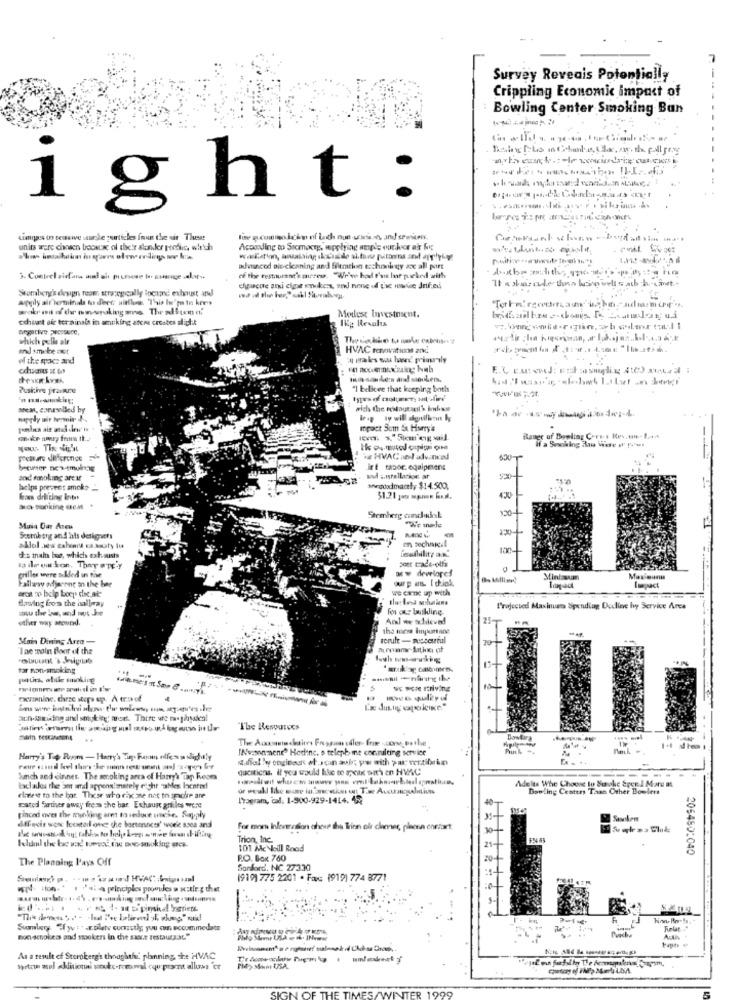
Survey Reveais Potentially
Crippling Economic impact of
Bowling Center Smoking Ban
ight:
Limgass Us cessawe stuurde gourticles foun the uit These
units were chosen bookcac of the'r slunder predic, which
According to Sicmaceg, wpotying ample our kor a' fog
advanced pic-cleaning and filemthin eschool gy ax all port
3. Contrel vidans inud ai prussowe to siassige .ale ..
of the restaurant's martens. "We've had Fant Ine packed with
It s storade then brovel cab hunt
Skomberg's design tests strategically focime exhaust and
apoly air leminds tu deec uitleg. This In'ma in kees
tchuat sir ter ainals in amtking atcru crosbes alight
Modest Investment.
Ikg Results
which pelle ale
Thinkde tonale can
and smoke ast
HVAC renovations and
of the grace and
In sanders anddd socken.
"] believe that keeping both
nipgly air termin &
mpact Som At Harry's
Range of Bowling Cors-1 Reste- 1 ...
if a Seeking Han Were or !vous
Te HVAC neladvanced
630 T
Irf tapor. equipment
and smoking are af
and anstallacion ar
helps prevent smoke_
shindoodmacely $14.500,
kas drifting inter
$1.21 gas manns lidl.
arc- banking cent .
120-
Stemberg candledal
Musa Dur Areu
"We made
R
Scembang and its designers
dha train bus, which exhausts
poet trade-olfs
at w develope!
grilles were added in tive
oup as. I diok
Minissus
Fallawy odjarene o the bar
arca 20 belp bocy die at-
we canc up with
Impact
flowing from the halleray
fo ou busking
Projected Maximum Spending Decline lyyy Service Arca
other way around.
Anl we suldeved
2ST
Mains Dining Area -
torule - pesceutul
70 4
Iae toin floor of the
for non-smoking
comes TO
we were striving
ath-Striking and smoking; frost. There ure to phydeal
The Resources
Dowtara
INv.sonmene" Hedine. o teleph me consulting service
Harry's Te Room - Harry's Tip Room elfes a slightly
waffel ly engineer of Jon avis; yu with > u vertilarin
questicos. If you would like to speak ant's en HVC
Such and dinner. The secoking area of Harry's Tap Room
Adelts Whe Choose to Bookc &per 1 Mare at.
laclados the set sal appensimsrely eight ables locatie!
or would like wore in Ensestin on The Auungulatiun
Bowling Centers Taan Other Boelens
eltest to the bor. Those who rik she not to sache are
ITogram, cad. 1-900-929-1414. 452
sated farther away fress the bar. Exhaust grilles were
Finced over the munking aret to reduce woche. Sapply
dffiecis woox Iceorl one che bartenacts' work ssea and
For mom Information ah
hese da Trien ofr chener, piena enstart
Trion, Inc.
Ichindl thee bac wxd toevoć the one-smoking qck.
101 McNeill Rood
205450:040
The Planning Pays Off
P.O. Box 760
Sorford. NIC 27330
(919) 775 2201 · Fax (919) 774 8771
Sumberg Gf yetr .r.blete cuazstig you aun accommodate
Funlat .. "
Bon acnokess and mookers in the sxt restaura.ac."
As a result of Steroberg's thoughthi planning, che HVAC
warton mul additional socks-romwal cqu'proent allust "er
SIGN OF THE T